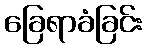
ခြေရာခံခြင်း